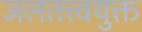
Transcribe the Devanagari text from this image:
जलतत्त्वयुक्त